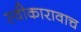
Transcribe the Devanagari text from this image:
स्वीकारावाच